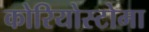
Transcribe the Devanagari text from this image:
कोरियोस्टोमा